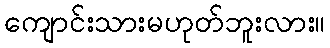
ကျောင်းသားမဟုတ်ဘူးလား။